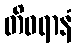
တိဝရာနံ